King Institute of Preventive Medicine Micro-Biological Section reports 1912-19
Year: 1912
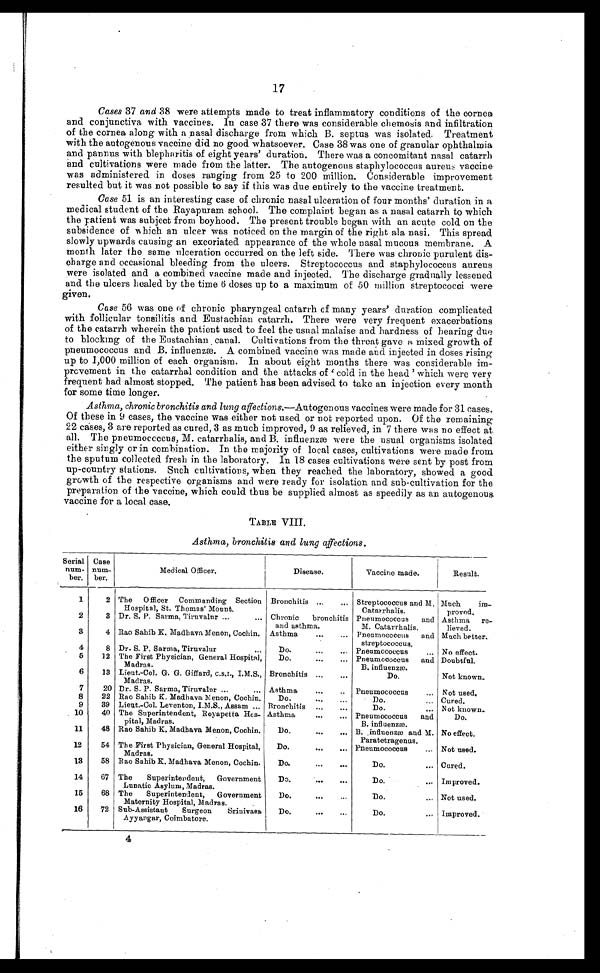
17
Cases 37 and 38 were attempts made to treat inflammatory conditions of the cornea
and conjunctiva with vaccines. In case 37 there was considerable chemosis and infiltration
of the cornea along with a nasal discharge from which B. septus was isolated. Treatment
with the autogenous vaccine did no good whatsoever. Case 38 was one of granular ophthalmia
and pannus with blepharitis of eight years' duration. There was a concomitant nasal catarrh
and cultivations were made from the latter. The autogenous staphylococcus aureus vaccine
was administered in doses ranging from 25 to 200 million. Considerable improvement
resulted but it was not possible to say if this was due entirely to the vaccine treatment.
Case 51 is an interesting case of chronic nasal ulceration of four months' duration in a
medical student of the Rayapuram school. The complaint began as a nasal catarrh to which
the Patient was subject from boyhood. The present trouble began with an acute cold on the
subsidence of which an ulcer was noticed on the margin of the right ala nasi. This spread
slowly upwards causing an excoriated appearance of the whole nasal mucous membrane. A
month later the same ulceration occurred on the left side. There was chronic purulent dis
-charge and occasional bleeding from the ulcers. Streptococcus and staphylococcus aureus
were isolated and a combined vaccine made and injected. The discharge gradually lessened
and the ulcers healed by the time 6 doses up to a maximum of 50 million streptococci were
given.
Case 56 was one of chronic pharyngeal catarrh of many years' duration complicated
with follicular tonsilitis and Eustachian catarrh. There were very frequent exacerbations
of the catarrh wherein the patient used to feel the usual malaise and hardness of hearing due
to blocking of the Eustachian canal. Cultivations from the throat gave a mixed growth of
pneumococcus and B. influenzæ. A combined vaccine was made and injected in doses rising
up to 1,000 million of each organism. In about eight months there was considerable im
-provement in the catarrhal condition and the attacks of '
cold in the head' which were very
frequent had almost stopped. The patient has been advised to take an injection every month
for some time longer.
Asthma, chronic bronchitis and lung affections .—Autogenous vaccines were made for 31 cases.
Of these in 9 cases, the vaccine was either not used or not reported upon. Of the remaining
22 cases, 3 are reported as cured, 3 as much improved, 9 as relieved, in 7 there was no effect at
all. The pneumococcus, M. catarrhalis, and B. influenzæ were the usual organisms isolated
either singly or in combination. In the majority of local cases, cultivations were made from
the sputum collected fresh in the laboratory. In 18 cases cultivations were sent by post from
up-country stations. Such cultivations, when they reached the laboratory, showed a good
growth of the respective organisms and were ready for isolation and sub-cultivation for the
preparation of the vaccine, which could thus be supplied almost as speedily as an autogenous
vaccine for a local case.
TABLE VIII.
Asthma, bronchitis and lung affections.
Serial
num-
ber.
Case
num-
ber.
Medical Officer.
Disease.
Vaccine made.
Result.
1
2 The Officer Commanding Section
Hospital, St. Thomas' Mount.
Bronchitis . . .
Streptococcus and M.
Catarrhalis.
Much im-
proved.
2
3 Dr. S. P. Sarma, Tiruvalur . . .
Chronic bronchitis
and asthma.
Pneumococcus and
M. Catarrhalis.
Asthma re-
lieved.
3
4 Rao Sahib K. Madhava Menon, Cochin. Asthma . . .
Pneumococcus and
streptococcus.
Much better.
4
8 Dr. S. P. Sarma, Tiruvalur . . .
Do. . . .
Pneumococcus . . .
No effect.
5
12 The First Physician, General Hospital,
Madras.
Do. . . .
Pneumococcus and
B. influenzæ.
Doubtful.
6
13 Lieut.-Col. G. G. Giffard, C.S.I., I.M.S.,
Madras.
Bronchitis . . .
Do.
Not known.
7
20 Dr. S. P. Sarma, Tiruvalur . . .
Asthma. . .
Pneumococcus . . .
Not used.
8
22 Rao Sahib K. Madhava Menon, Cochin.
Do. . . .
Do. . . .
Cured.
9
39 Lieut.-Col. Leventon, I.M.S., Assam . . . Bronchitis . . .
Do. . . .
Not known.
10
40 The Superintendent, Royapetta Hos-
pital, Madras.
Asthma . . .
Pneumococcus and
B. influenzæ.
Do.
11
48 Rao Sahib K. Madhava Menon, Cochin.
Do. . . .
B. influenzæ and M.
Paratetragenus.
No effect.
12
54 The First Physician, General Hospital,
Madras.
Do. . . .
Pneumococcus . . .
Not used.
13
58 Rao Sahib K. Madhava Menon, Cochin.
Do. . . .
Do. . . .
Cured.
14
67 The Superintendent, Government
Lunatic Asylum, Madras.
Do. . . .
Do. . . .
Improved.
15
68 The Superintendent, Government
Maternity Hospital, Madras.
Do. . . .
Do. . . .
Not used.
16
72 Sub-Assistant Surgeon Srinivasa
Ayyangar, Coimbatore.
Do. . . .
Do. . . .
Improved.
4